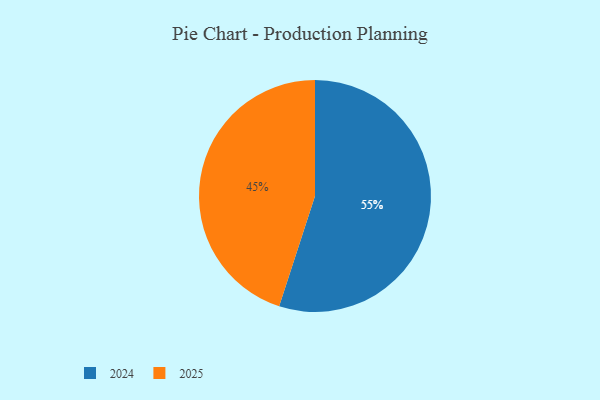
{"axis": {"x": "Category", "y": "Percentage"}, "legend": ["2024", "2025"], "data": [{"x": "2024", "y": 55, "type": "2024"}, {"x": "2025", "y": 45, "type": "2025"}]}